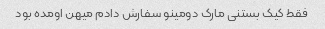
فقط کیک بستنی مارک دومینو سفارش دادم میهن اومده بود